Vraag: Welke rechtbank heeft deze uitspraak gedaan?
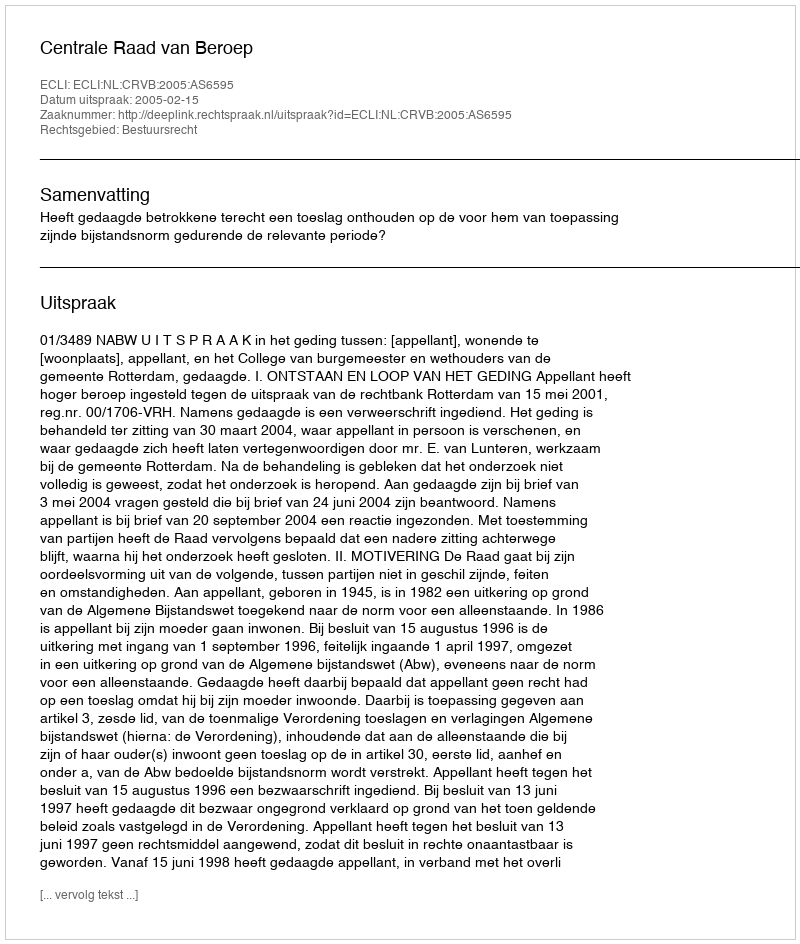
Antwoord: Centrale Raad van Beroep